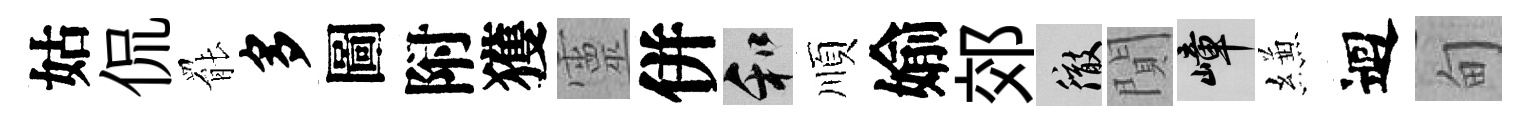
姑侃罷多圖附獲靈併和順媮郊徹閴嶂縑迴甸